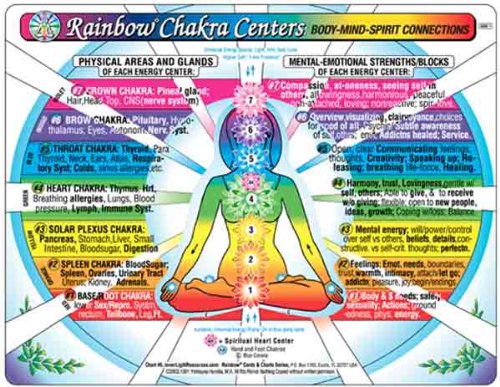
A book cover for CHAKRA Centers Chart, Rainbow: Body-Mind-Spirit Connections; Yshkeyna Hamilla; Self-Help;